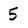
Character: 5